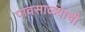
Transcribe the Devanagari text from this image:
पावसाळ्याची